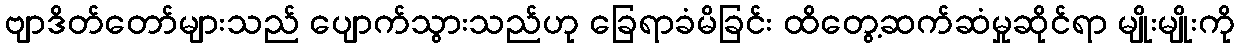
ဗျာဒိတ်တော်များသည် ပျောက်သွားသည်ဟု ခြေရာခံမိခြင်း ထိတွေ့ဆက်ဆံမှုဆိုင်ရာ မျိုးမျိုးကို